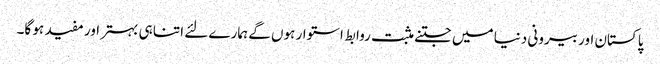
پاکستان اور بیرونی دنیا میں جتنے مثبت روابط استوار ہوں گے ہمارے لئے اتنا ہی بہتر اور مفید ہو گا۔